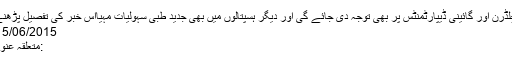
انہوں نے کہا کہ ہسپتال میں چلڈرن اور گائینی ڈیپارٹمنٹس پر بھی توجہ دی جائے گی اور دیگر ہسپتالوں میں بھی جدید طبی سہولیات مہیااس خبر کی تفصیل پڑھنے کیلئے یہاں پر کلک کیجئے
15/06/2015 - 22:39:21 :وقت اشاعت
:متعلقہ عنوان پاکستانوزیر اعلیٰتعلیمپنجاب